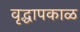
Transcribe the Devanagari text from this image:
वृद्धापकाळ